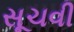
સૂચવી